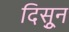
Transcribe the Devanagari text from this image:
दिसुून